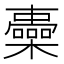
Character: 𣟏